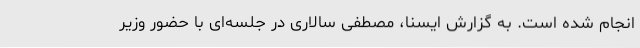
انجام شده است. به گزارش ایسنا، مصطفی سالاری در جلسه‌ای با حضور وزیر